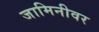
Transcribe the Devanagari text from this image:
जामिनीवर